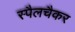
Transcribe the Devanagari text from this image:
स्पैलचैकर